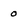
Character: 0